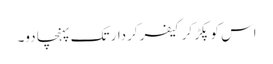
اس کو پکڑ کر کیفر کردار تک پہنچا دو۔